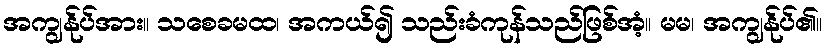
အကျွန်ုပ်အား။ သစေခမထ၊ အကယ်၍ သည်းခံကုန်သည်ဖြစ်အံ့။ မမ၊ အကျွန်ုပ်၏။